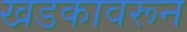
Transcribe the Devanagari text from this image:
खडकावरून